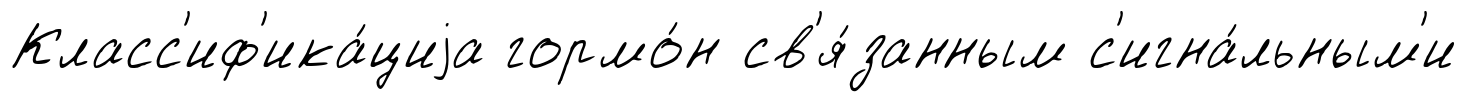
Класс'иф'ика́циjа гормо́н св'я́занным с'игна́льным'и